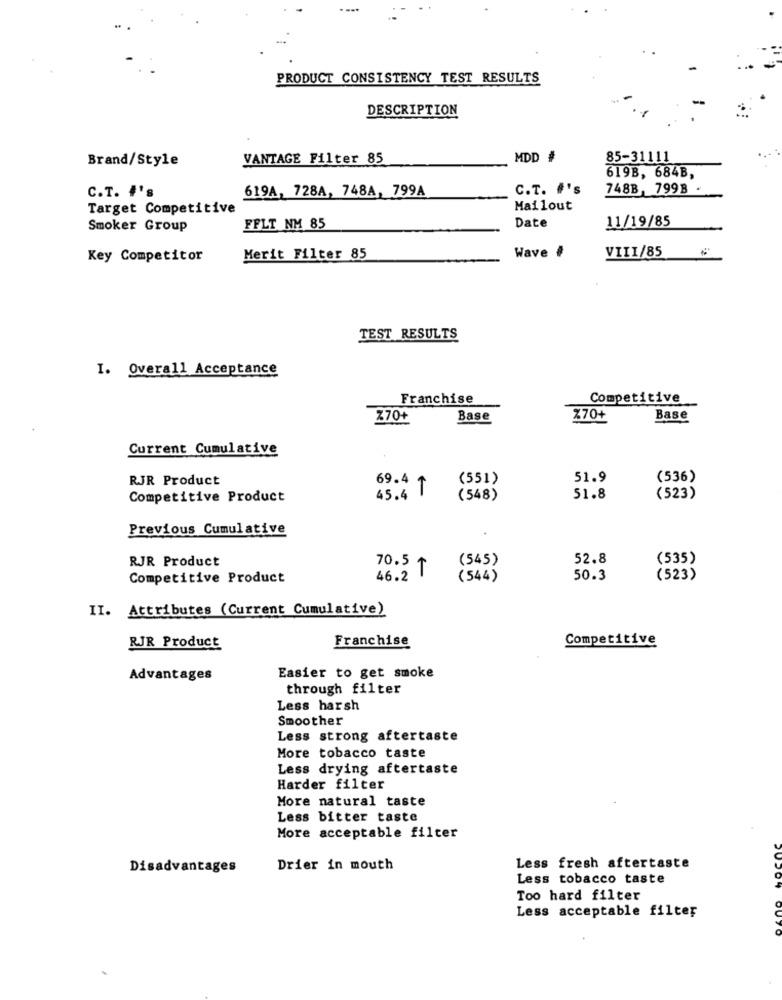
PRODUCT CONSISTENCY TEST RESULTS
DESCRIPTION
Brand/Style
VANTAGE Filter 85
MDD #
85-31111
619B, 684B,
C.T. #'s
619A, 728A, 748A, 799A
C.T. #'s
748B, 799B
Target Competitive
Mailout
11/19/85
Smoker Group
FFLT NM 85
Date
VIII/85
Key Competitor
Merit Filter 85
Wave #
TEST RESULTS
I. Overall Acceptance
Franchise
Competitive
Z70+
Base
%70+
Base
Current Cumulative
RJR Product
(551)
51.9
(536)
69.4 +
Competitive Product
45.4
(548)
51.8
(523)
Previous Cumulative
RJR Product
( 545)
52.8
(535)
70.5 ₸
Competitive Product
46.2
(544)
50.3
(523)
II. Attributes (Current Cumulative)
Franchise
Competitive
RJR Product
Advantages
Easier to get smoke
through filter
Less harsh
Smoother
Less strong aftertaste
More tobacco taste
Less drying aftertaste
Harder filter
More natural taste
Less bitter taste
More acceptable filter
Disadvantages
Drier in mouth
Less fresh aftertaste
Less tobacco taste
Too hard filter
Less acceptable filter